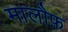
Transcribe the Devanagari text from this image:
मालौफ़